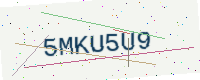
Text: 5MKU5U9